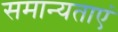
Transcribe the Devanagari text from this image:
समान्यताएं